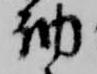
納